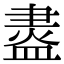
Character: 䀆